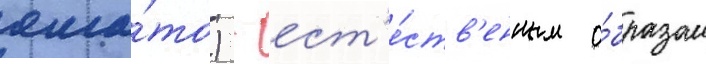
яма́то) - ест'е́ств'енным о́бразом